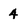
Character: 4